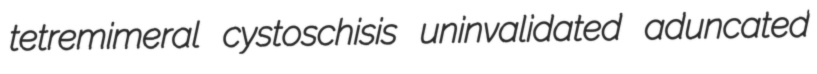
tetremimeral cystoschisis uninvalidated aduncated